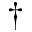
^ \dagger